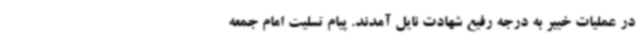
در عملیات خیبر به درجه رفیع شهادت نایل آمدند. پیام تسلیت امام جمعه